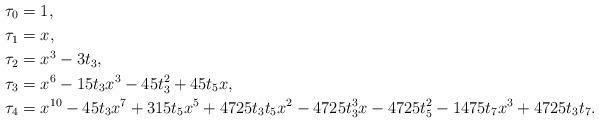
LaTeX: \begin{align*}\tau_0 &= 1,\\\tau_1 &= x,\\\tau_2 &= x^3 - 3t_3,\\\tau_3 &= x^6 - 15t_3x^3 - 45t_3^2 + 45t_5x,\\\tau_4 &= x^{10} -45t_3x^7 + 315t_5x^5 + 4725t_3t_5x^2 - 4725t_3^3x - 4725t_5^2 - 1475t_7x^3 + 4725t_3t_7.\end{align*}